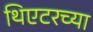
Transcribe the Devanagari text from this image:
थिएटरच्या